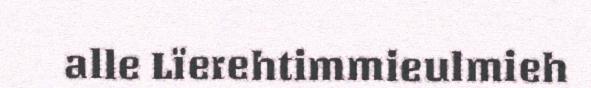
alle Lïerehtimmieulmieh